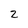
Character: 2